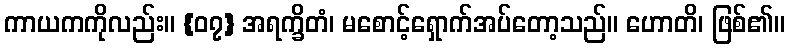
ကာယကကိုလည်း။ {၀၇} အရက္ခိတံ၊ မစောင့်ရှောက်အပ်တော့သည်။ ဟောတိ၊ ဖြစ်၏။